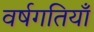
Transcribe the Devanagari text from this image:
वर्षगतियाँ